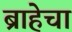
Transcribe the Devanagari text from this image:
ब्राहेचा